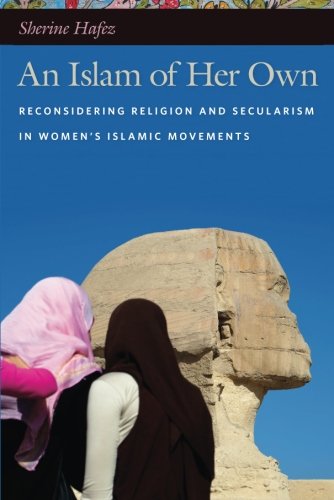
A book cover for An Islam of Her Own: Reconsidering Religion and Secularism in Women's Islamic Movements; Sherine Hafez; Religion & Spirituality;